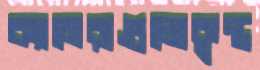
ক্যামেরাগুলোকৃন্ত